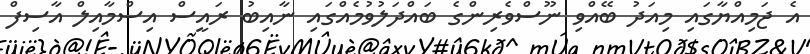
އެ ޖަމިއްޔާގައި މިއަދު ބޭއްވި ނޫސްވެރިންގެ ބައްދަލުވުމެއްގައި ނާއިބު ރައީސް އިސްމާއިލް އާސިފް